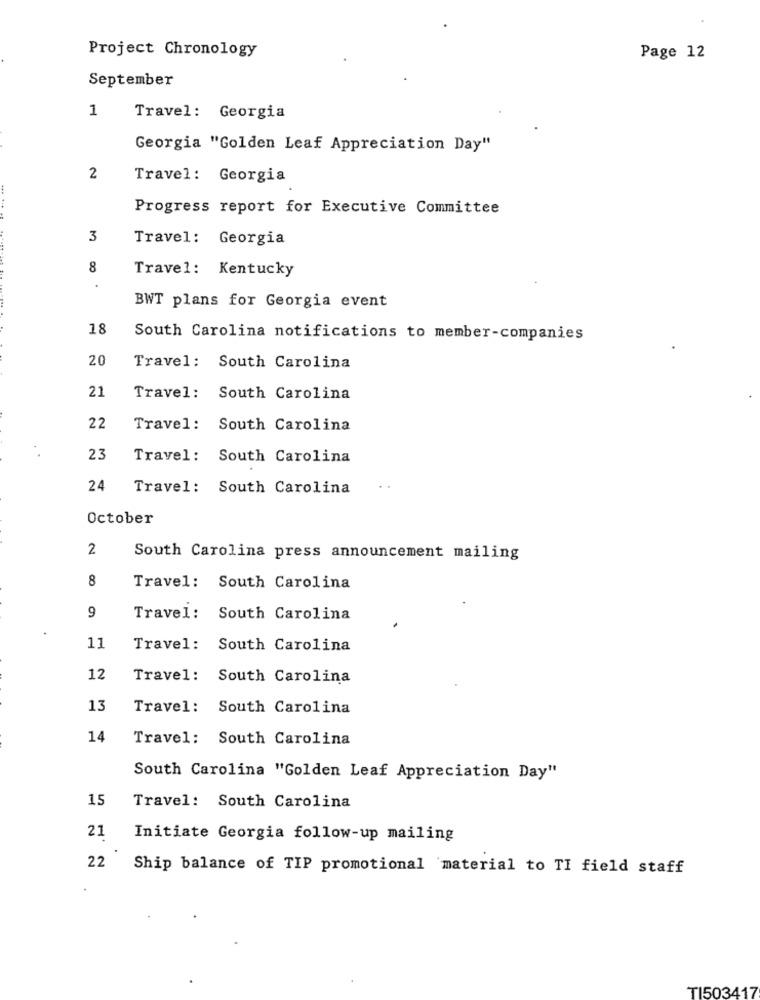
Project Chronology
Page 12
September
1
Travel: Georgia
Georgia "Golden Leaf Appreciation Day"
2
Travel: Georgia
... ....
Progress report for Executive Committee
3
Travel: Georgia
8
Travel: Kentucky
BWT plans for Georgia event
18
South Carolina notifications to member-companies
20
Travel: South Carolina
21
Travel: South Carolina
22
Travel: South Carolina
23
Travel: South Carolina
24
Travel: South Carolina
October
2
South Carolina press announcement mailing
8
Travel: South Carolina
9
Travel: South Carolina
11
Travel: South Carolina
12
Travel: South Carolina
13
Travel: South Carolina
14
Travel: South Carolina
South Carolina "Golden Leaf Appreciation Day"
15
Travel: South Carolina
21
Initiate Georgia follow-up mailing
22
Ship balance of TIP promotional material to TI field staff
TI503417